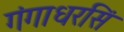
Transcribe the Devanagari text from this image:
गंगाधरसिं